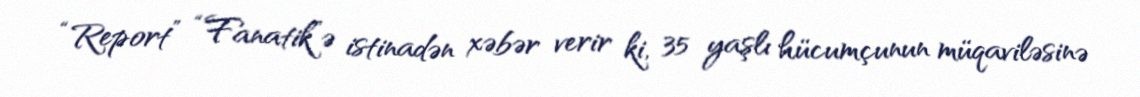
“Report” “Fanatik”ə istinadən xəbər verir ki, 35 yaşlı hücumçunun müqaviləsinə